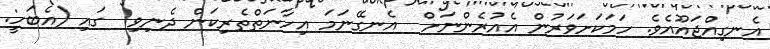
އެނގިއްޖައޫއެވެ. ހަމަކަށަވަރުން އެއުރެންނަށް  އެނގޭނަމަ އިހާނަތްތެރިކަން ދެނިވި  ގައި (އެބަހީ: